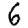
Digit: 6